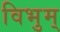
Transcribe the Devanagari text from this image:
विभुम्